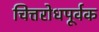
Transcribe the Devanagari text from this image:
चित्तरोधपूर्वक